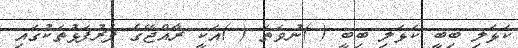
ކަޅަލި ބިބީ ކަޅަލި ބިބީ ( )ނުވަތަ ( )އަކީ ރާއްޖޭގެ ފަރުފަޅުތަކުގައި